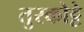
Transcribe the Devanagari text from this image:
तुरकोट्टे